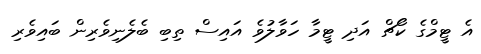
އެ ޓީމްގެ ކޯޗް އަދި ޓީމާ ހަވާލުވެ އައިސް ތިބި ބެލެނިވެރިން ބައިވެރި